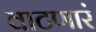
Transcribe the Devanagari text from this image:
वाटणारं